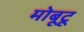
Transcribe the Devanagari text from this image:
मोबूटू